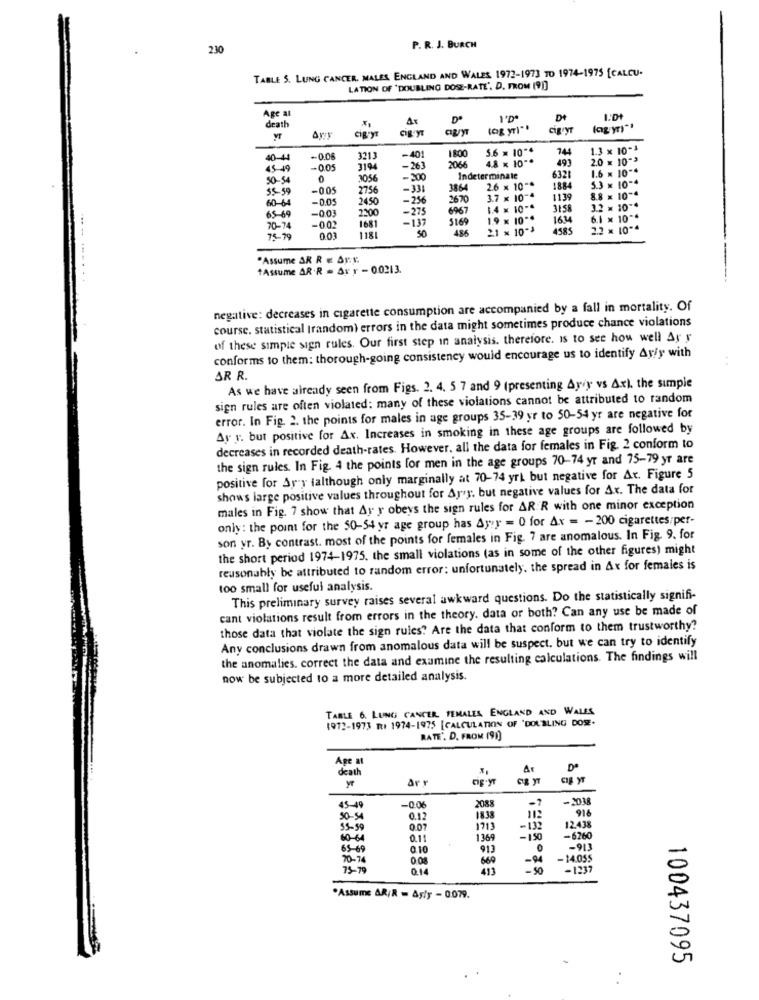
230
P. R. J. BURCH
TABLE 5. LUNG CANCER. MALES, ENGLAND AND WALES 1972-1973 TO 1974-1975 [CALCU-
LATION OF 'DOUBLING DOSZ-RATE'. D. FROM (91)
Age al
At
Dt
death
ciguy
CIRJYT
ciBryr
(ag yr) **
cigry
5.6 = 10"
744
1.3 x 10-3
40-4
-0.06
3213
-401
1800
2066
4.8 x 10 **
493
2.0 × 10">
45 19
-0.05
3194
-263
1.6 x 10 **
50-54
0
3056
- 200
Indeterminate
6321
5.3 × 10-4
55. 59
-005
2756
-331
3864
2.6 x 10"*
1884
60-64
-0.05
2450
-256
2670
3.7 x 10-4
1139
8.8 = 10~
-275
6967
1.4 x 10-4
3158
3.2 = 10 **
65-69
-0.03
2200
-137
5169
1.9 x 10 **
1614
6.1 x 10 **
70-74
-002
1681
48x
21 × 10-3
4585
2.2 × 10 **
75- 79
0.03
.Assume AR R E Ay.y.
"Assume AR .R = Ax y - 0.0213.
.........
negative: decreases in cigarette consumption are accompanied by a fall in mortality. Of
course. statistical (random) errors in the data might sometimes produce chance violations
of these simple sign rules. Our first step in analysis. therefore. is to see how well Ay y
conforms to them: thorough-going consistency would encourage us to identify Ayly with
AR R.
As we have already seen from Figs. 2. 4. 5 7 and 9 (presenting Ayiy vs Axl. the simple
sign rules are often violated: many of these violations cannot be attributed to random
error. In Fig. 2. the points for males in age groups 35-39 yr to 50-54 yr are negative for
Ar y. but positive for Ax. Increases in smoking in these age groups are followed by
decreases in recorded death-rates. However, all the data for females in Fig. 2 conform to
the sign rules. In Fig. 4 the points for men in the age groups 70-74 yr and 75-79 yr are
positive for Ar y (although only marginally at 70-74 yrl but negative for At. Figure 5
shows large positive values throughout for Ayry, but negative values for Ax. The data for
males in Fig. 7 show that Ay y obeys the sign rules for AR R with one minor exception
only : the point for the 50-54 yr age group has Ayır = 0 for Ar = - 200 cigarettes per-
son yr. By contrast. most of the points for females in Fig. 7 are anomalous. In Fig. 9. for
the short period 1974-1975, the small violations (as in some of the other figures) might
reasonably be attributed to random error: unfortunately, the spread in Ax for females is
too small for useful analysis.
This preliminary survey raises several awkward questions. Do the statistically signifi-
cant violations result from errors in the theory. data or both? Can any use be made of
those data that violate the sign rules? Are the data that conform to them trustworthy?
Any conclusions drawn from anomalous data will be suspect. but we can try to identify
the anomalies. correct the data and examine the resulting calculations. The findings will
now be subjected to a more detailed analysis.
TABLE 6. LUNG CANCER FEMALES ENGLAND AND WALES
1972-1973 TUI 1974-1975 [CALCULATION OF "DOUBLING DOSE.
RATE". D. FROM (91)
Age
death
Ar
De
5.
Arr
2088
-7
-2038
45-49
-0.06
914
50-54
0.12
1838
12.438
55-9
0.07
1713
60-64
0.11
1369
-150
-6260
65-69
0.10
913
-913
70-74
660
-14.05$
75-79
0.14
411
-1237
.Assume AR/R = Aşly - 0.079.
100437095